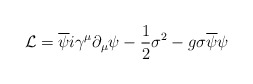
\begin{align*}{\cal L} = \overline{\psi} i \gamma^{\mu} \partial_{\mu} \psi - \frac{1}{2}{\sigma}^2 - g\sigma\overline{\psi}\psi\end{align*}